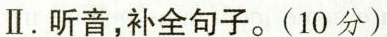
II.听音,补全句子。(10分)